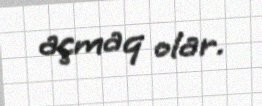
açmaq olar.